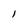
Character: 1